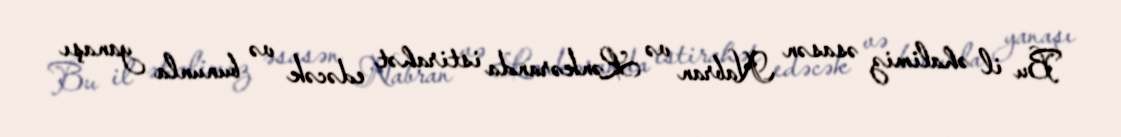
Bu il əhalimiz əsasən Nabran və Lənkəranda istirahət edəcək və bununla yanaşı